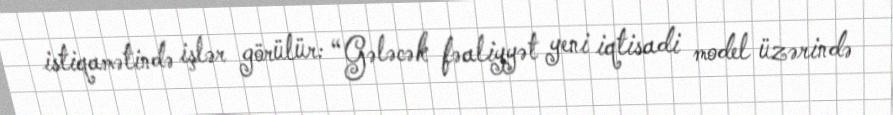
istiqamətində işlər görülür: “Gələcək fəaliyyət yeni iqtisadi model üzərində